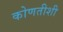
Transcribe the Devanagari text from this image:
कोणतीशी